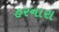
હરનારા